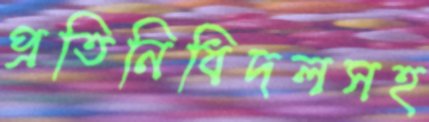
প্রতিনিধিদলসহ